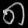
Digit: ၈